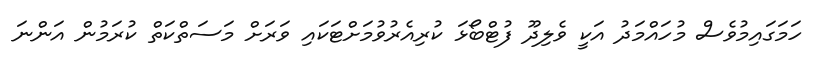
ހަމަގައިމުވެސް މުހައްމަދު އަކީ ވެލިދޫ ފުޓްބޯޅަ ކުރިއެރުވުމަށްޓަކައި ވަރަށް މަސަތްކަތް ކުރަމުން އަންނަ